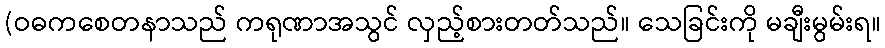
(ဝဓကစေတနာသည် ကရုဏာအသွင် လှည့်စားတတ်သည်။ သေခြင်းကို မချီးမွမ်းရ။